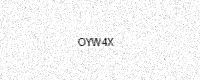
Text: OYW4X